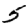
Digit: 5